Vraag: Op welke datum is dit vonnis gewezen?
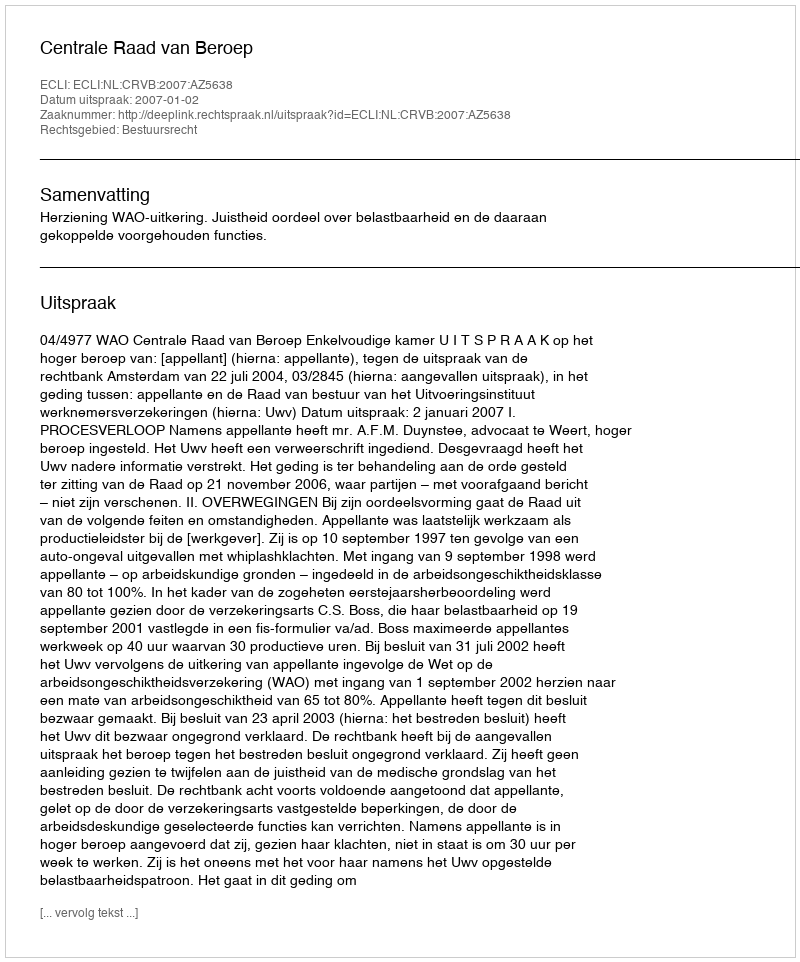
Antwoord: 2007-01-02